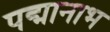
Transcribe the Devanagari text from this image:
पद्मानाभ